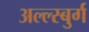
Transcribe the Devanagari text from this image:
अल्ल्स्बुर्ग